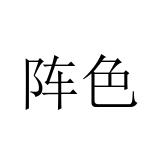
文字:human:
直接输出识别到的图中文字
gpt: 阵色